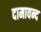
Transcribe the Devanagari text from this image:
दामावन्द